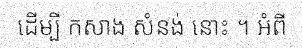
ដើម្បី កសាង សំនង់ នោះ ។ អំពី